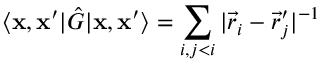
\langle \mathbf { x } , \mathbf { x } ^ { \prime } | \hat { G } | \mathbf { x } , \mathbf { x } ^ { \prime } \rangle = \sum _ { i , j < i } | \vec { r } _ { i } - { \vec { r } _ { j } } ^ { \prime } | ^ { - 1 }